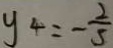
y _ { 4 } = - \frac { 2 } { 5 }